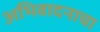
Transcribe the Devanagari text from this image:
अभिवादनाचा